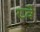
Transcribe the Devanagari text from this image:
ख्वे